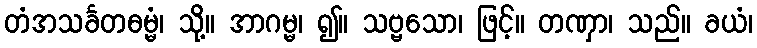
တံအသင်္ခတဓမ္မံ၊ သို့။ အာဂမ္မ၊ ၍။ သဗ္ဗသော၊ ဖြင့်။ တဏှာ၊ သည်။ ခယံ၊